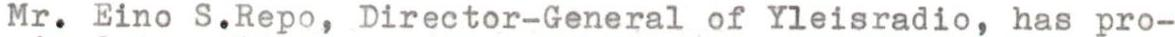
Mr. Eino S.Repo, Director-General of Yleisradio, has pro-